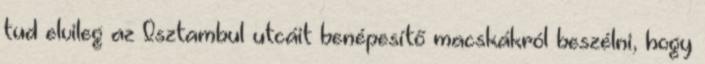
tud elvileg az Isztambul utcáit benépesítő macskákról beszélni, hogy